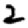
Digit: 2